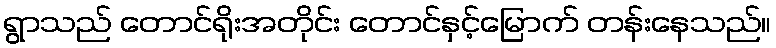
ရွာသည် တောင်ရိုးအတိုင်း တောင်နှင့်မြောက် တန်းနေသည်။